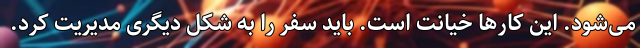
می‌شود. این کارها خیانت است. باید سفر را به شکل دیگری مدیریت کرد.